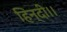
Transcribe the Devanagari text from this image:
हिन्दी।।